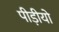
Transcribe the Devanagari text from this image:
पीड़ीयो